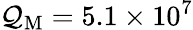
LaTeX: \mathcal{Q}_{\mathrm{{M}}}=5.1\times10^{7}